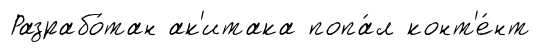
Разрабо́тан ак'итака попа́л конт'е́нт